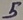
Text: 5